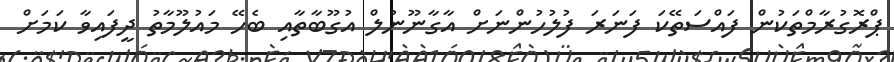
ޕްރޮގުރާމްތަކުން ފައްސަތޭކަ ފަނަރަ ފުލުހުންނަށް އާގާނޫނުލް އުގޫބާތާއި ބެހޭ މައުލޫމާތު ދީފައިވާ ކަމަށް